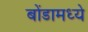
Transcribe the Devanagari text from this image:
बोंडामध्ये